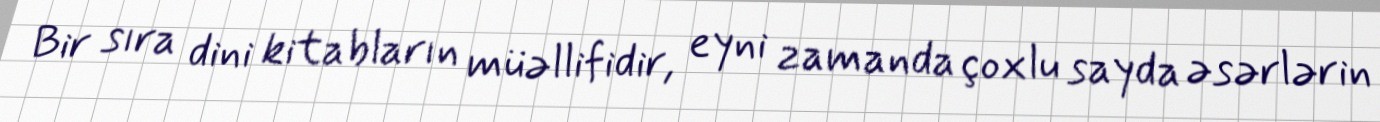
Bir sıra dini kitabların müəllifidir, eyni zamanda çoxlu sayda əsərlərin